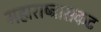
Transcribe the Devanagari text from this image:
महाराष्ट्रासकट